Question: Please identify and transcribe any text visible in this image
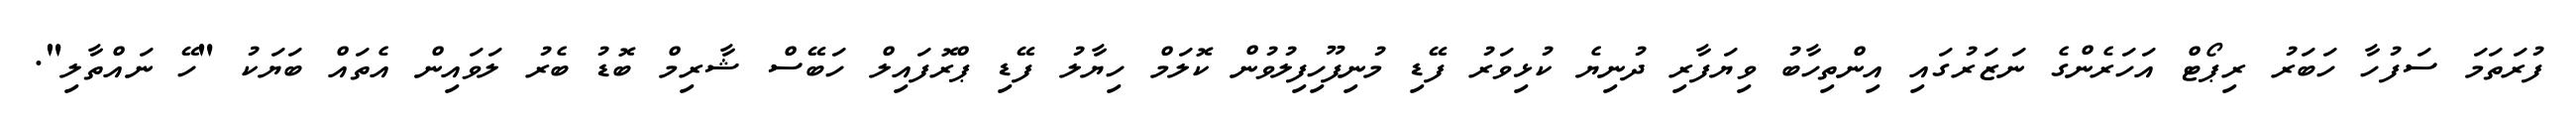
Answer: ފުރަތަމަ ސަފުހާ ހަބަރު ރިޕޯޓް އަހަރެންގެ ނަޒަރުގައި އިންތިހާބު ވިޔަފާރި ދުނިޔެ ކުޅިވަރު ފޭޑި މުނިފޫހިފިލުވުން ކޮލަމް ހިޔާލު ފޭޑި ޕްރޮފައިލް ހަބޭސް ޝާރިމް ބޮޑު ބެރު ލަވައިން އެތައް ބަޔަކު "ހޭ ނައްތާލި".